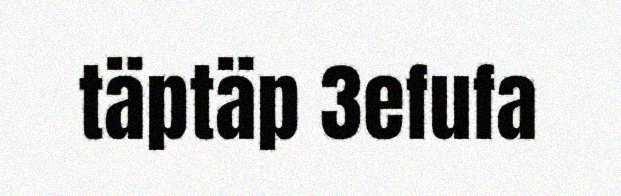
täptäp 3efufa